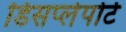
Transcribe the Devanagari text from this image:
डिसप्लेपोर्ट